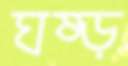
ঘষ্‌ড়